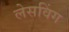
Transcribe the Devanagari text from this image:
लेसविंग